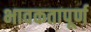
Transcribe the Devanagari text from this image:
भावकतापूर्ण